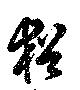
猶